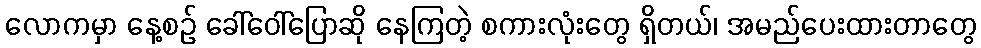
လောကမှာ နေ့စဉ် ခေါ်ဝေါ်ပြောဆို နေကြတဲ့ စကားလုံးတွေ ရှိတယ်၊ အမည်ပေးထားတာတွေ